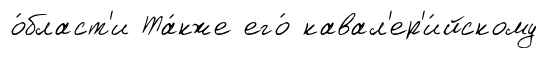
о́бласт'и Та́кже его́ кавал'ер'и́йскому